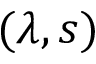
( \lambda , s )